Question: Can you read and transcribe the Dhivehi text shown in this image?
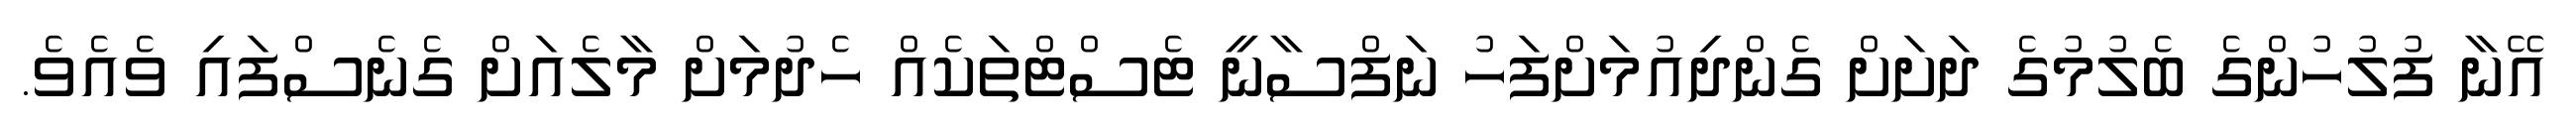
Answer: އޭނާ ފުލުހުންގެ ބެލުމުގެ ދަށަށް ގެންދިއުމަށްފަހު ނަފްސާނީ ޓެސްޓްތަކެއް ހެދުމަށް މާލެއަށް ގެނެސްފައި ވެއެވެ.